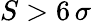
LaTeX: S>6\, \sigma